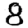
Digit: 8